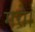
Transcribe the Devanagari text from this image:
मरो।